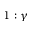
1 : \gamma